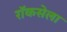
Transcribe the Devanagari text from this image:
रॉकसेला